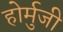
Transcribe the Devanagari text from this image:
होर्मुजी